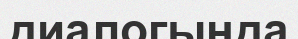
диалогында